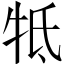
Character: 牴